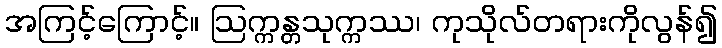
အကြင့်ကြောင့်။ ဩက္ကန္တသုက္ကဿ၊ ကုသိုလ်တရားကိုလွန်၍